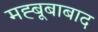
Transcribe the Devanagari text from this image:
मह्बूबाबाद